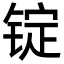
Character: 锭